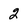
Character: 2